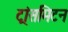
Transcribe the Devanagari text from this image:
ट्रांसमिटन